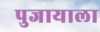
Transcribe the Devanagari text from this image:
पुजायाला